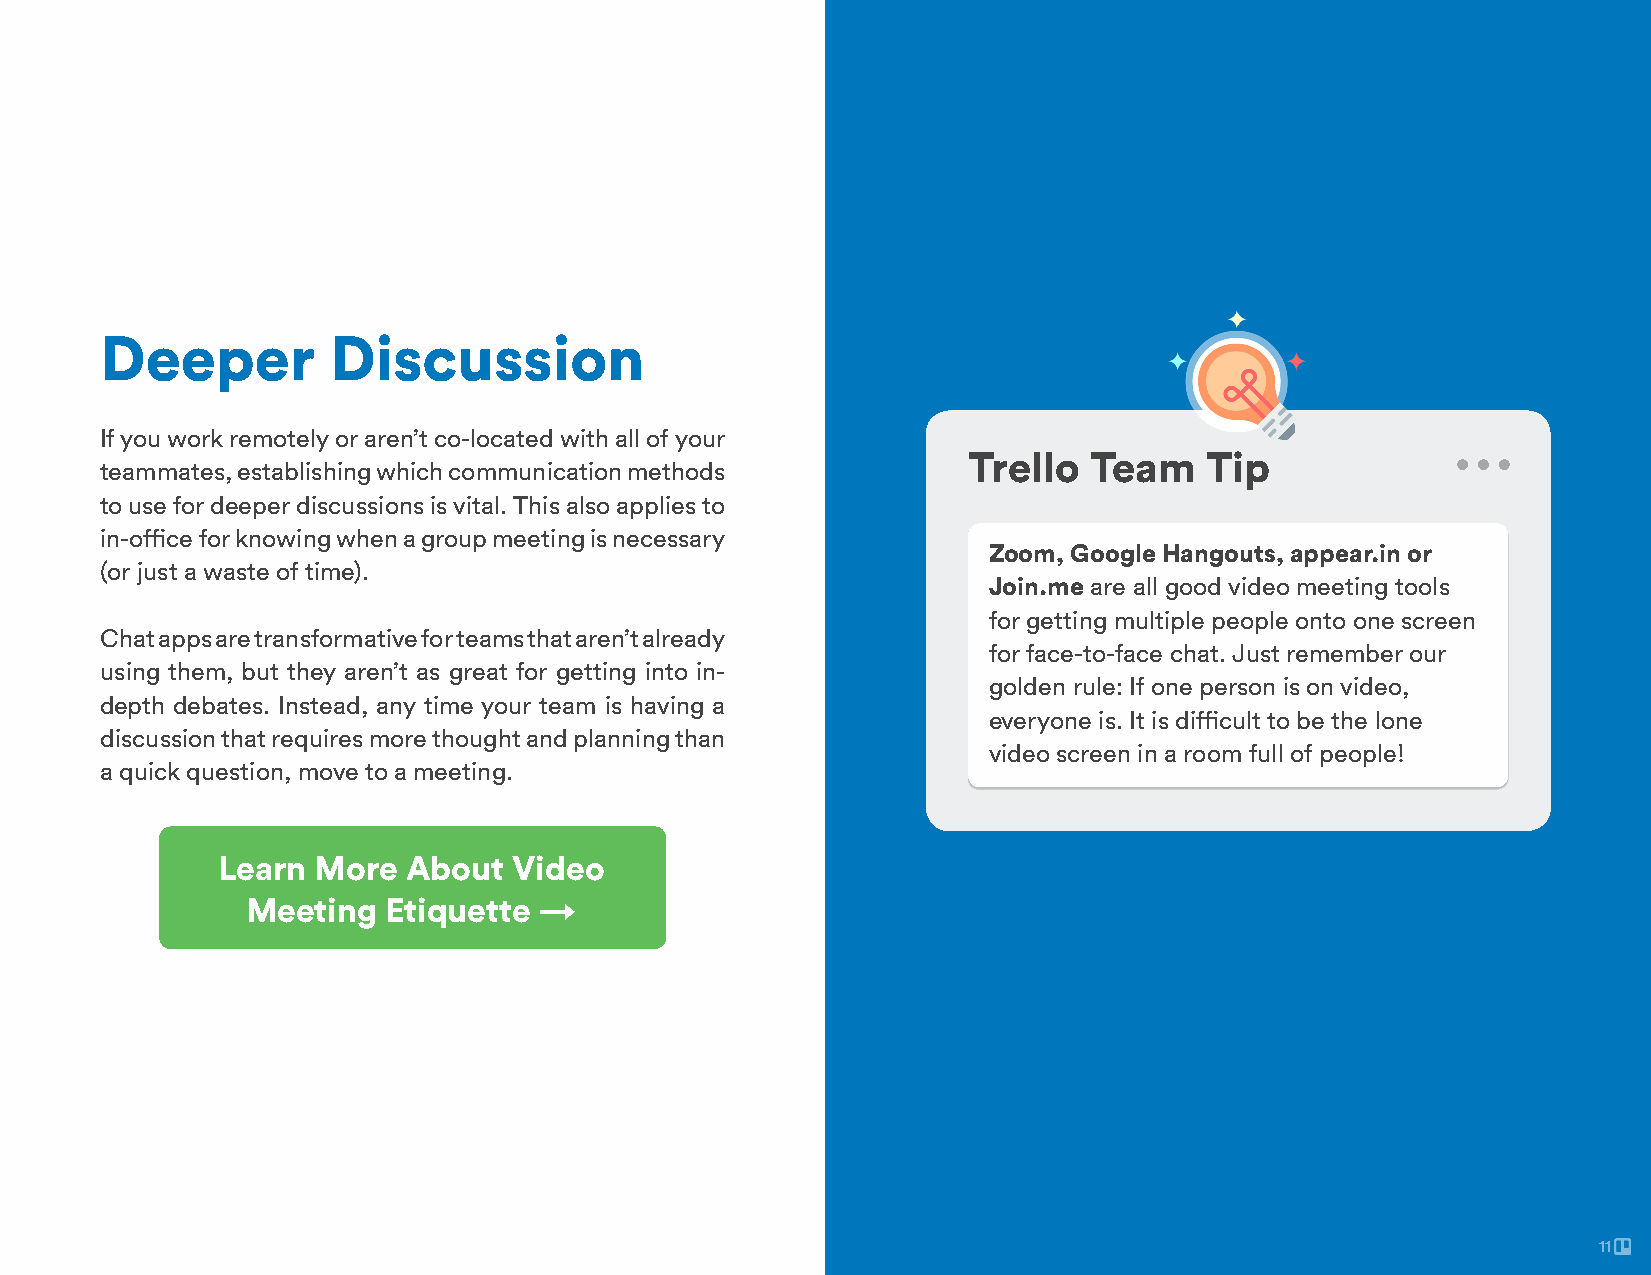
Deeper         Discussion
 If you work remotely or aren’t co-located with all of your
 Trello  Team    Tip
 teammates, establishing which communication methods
 to use for deeper discussions is vital. This also applies to
 in-office for knowing when a group meeting is necessary
 Zoom, Google Hangouts, appear.in or
 (or just a waste of time).
 Join.me are all good video meeting tools
 for getting multiple people onto one screen
 Chat apps are transformative for teams that aren’t already
 for face-to-face chat. Just remember our
 using them, but they aren’t as great for getting into in-
 golden rule: If one person is on video,
 depth debates. Instead, any time your team is having a
 everyone is. It is difficult to be the lone
 discussion that requires more thought and planning than
 video screen in a room full of people!
 a quick question, move to a meeting.
 Learn  More  About  Video
 Meeting   Etiquette →
 11